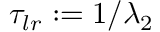
\tau _ { l r } : = 1 / \lambda _ { 2 }